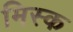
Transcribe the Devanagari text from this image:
मिस्क